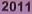
2011